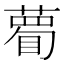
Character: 𥊄